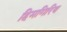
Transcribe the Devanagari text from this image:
हिमगिरिथ